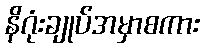
နိဂုံးချုပ်အမှာစကား